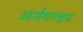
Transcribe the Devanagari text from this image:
अर्थमण्डप